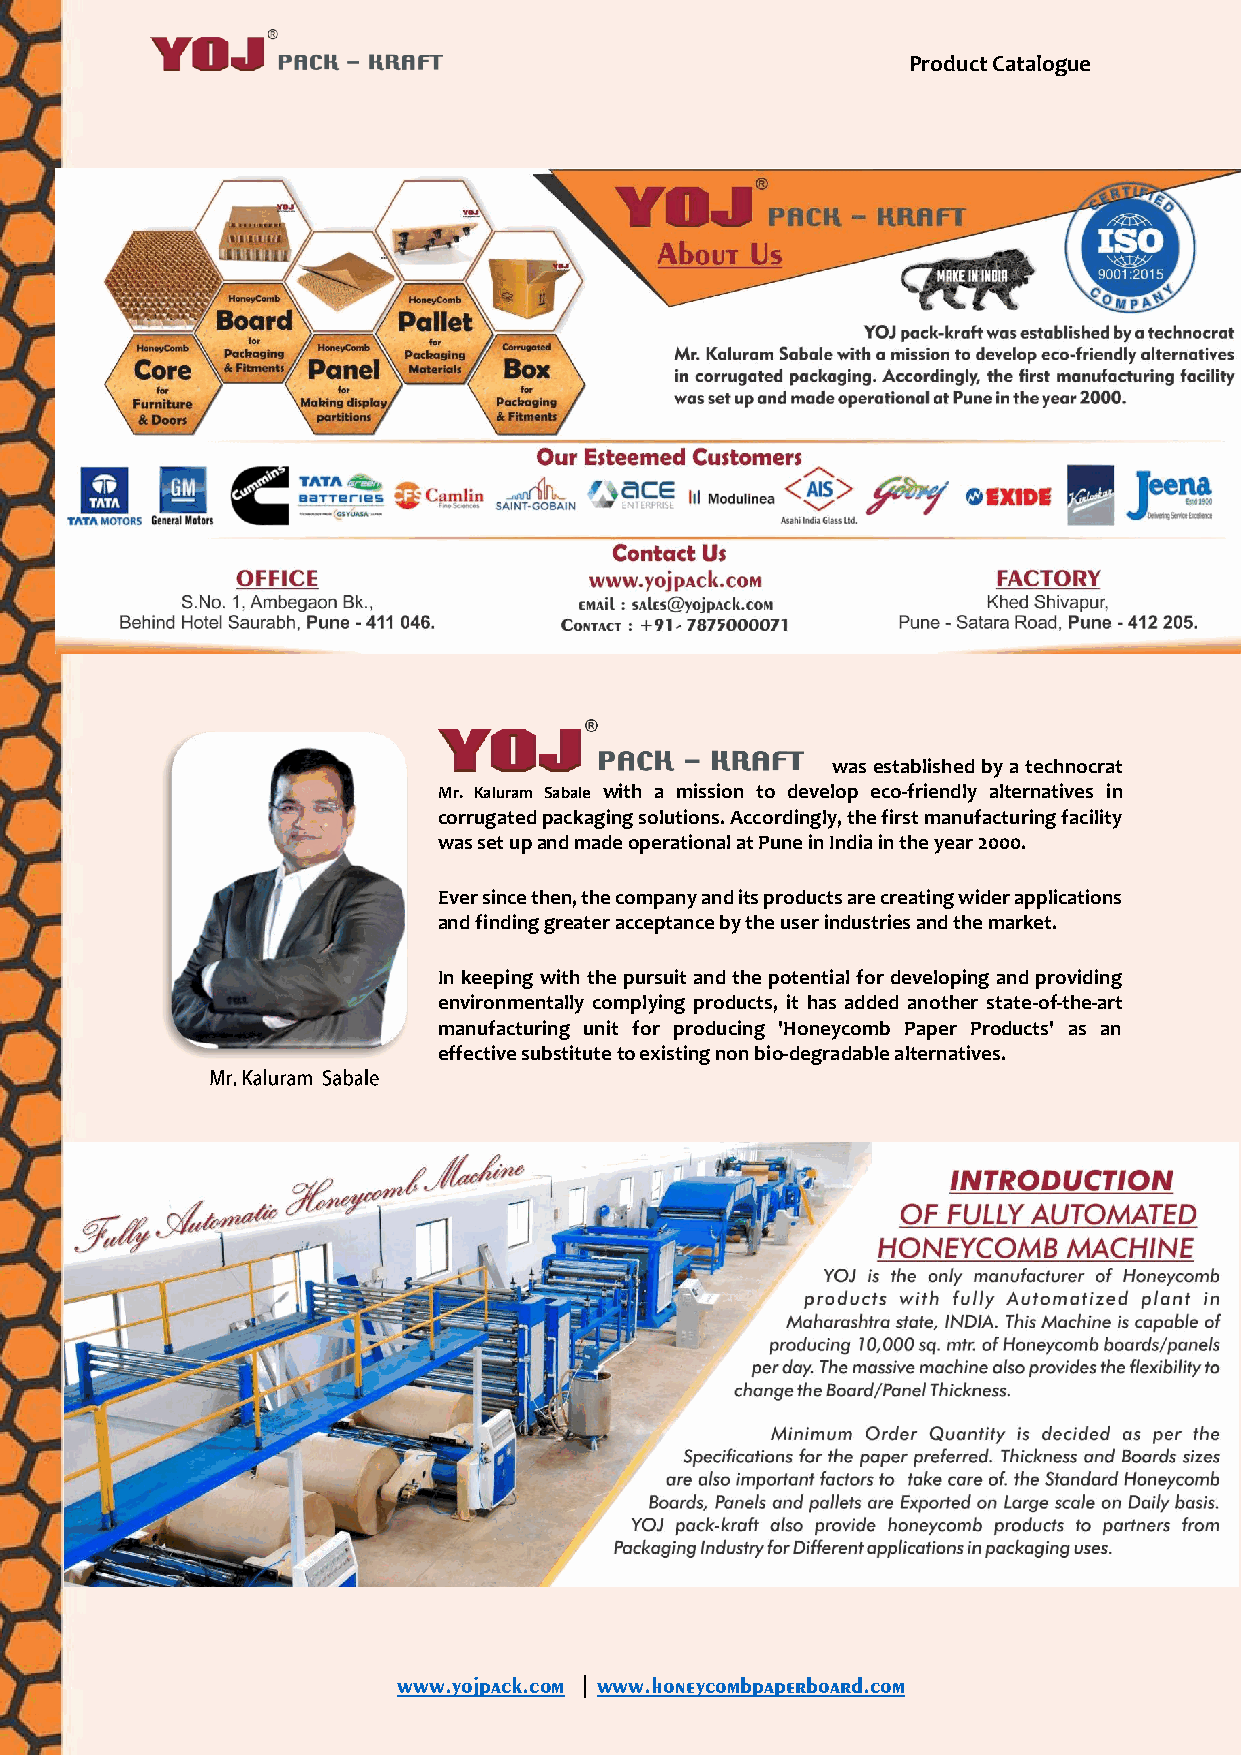
Product Catalogue
 was established by a technocrat
 Mr. Kaluram Sabale with a mission to develop eco-friendly alternatives in
 corrugated packaging solutions. Accordingly, the first manufacturing facility
 was set up and made operational at Pune in India in the year 2000.
 Ever since then, the company and its products are creating wider applications
 and finding greater acceptance by the user industries and the market.
 In keeping with the pursuit and the potential for developing and providing
 environmentally complying products, it has added another state-of-the-art
 manufacturing unit for producing 'Honeycomb Paper Products' as an
 effective substitute to existing non bio-degradable alternatives.
 www.yojpack.com | www.honeycombpaperboard.com